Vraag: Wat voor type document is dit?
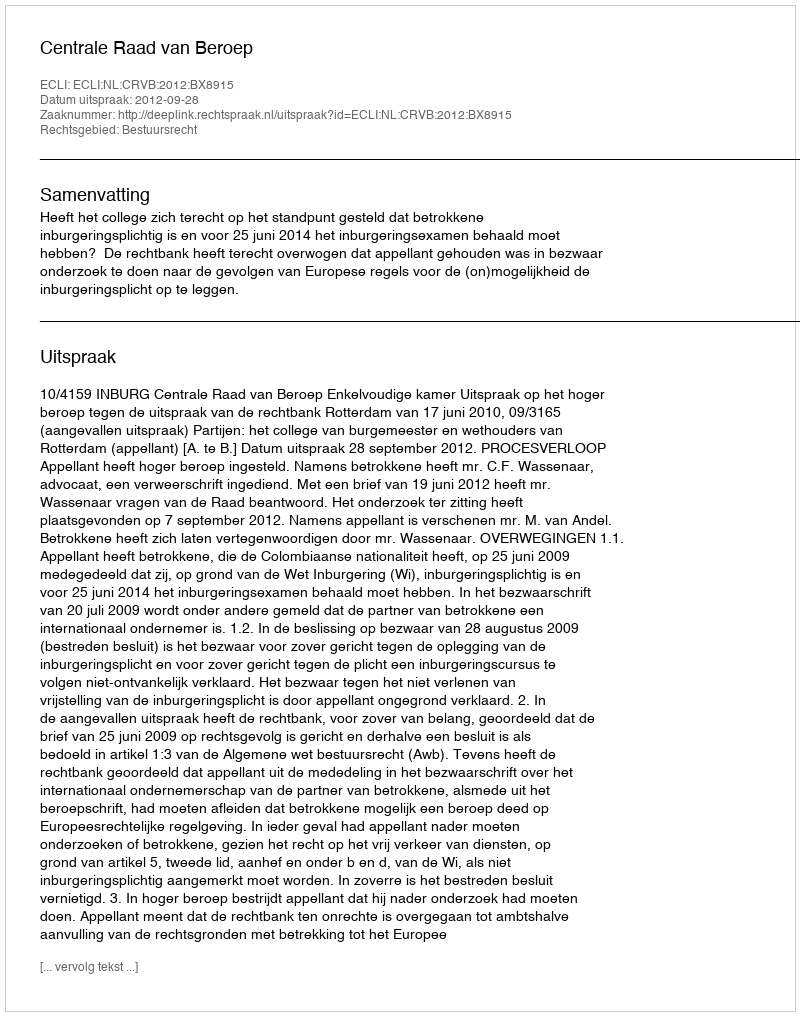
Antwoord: Uitspraak